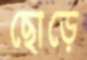
ছোড়ে